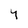
Character: Y